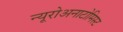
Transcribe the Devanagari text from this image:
न्यूरोअनाटोमिस्ट